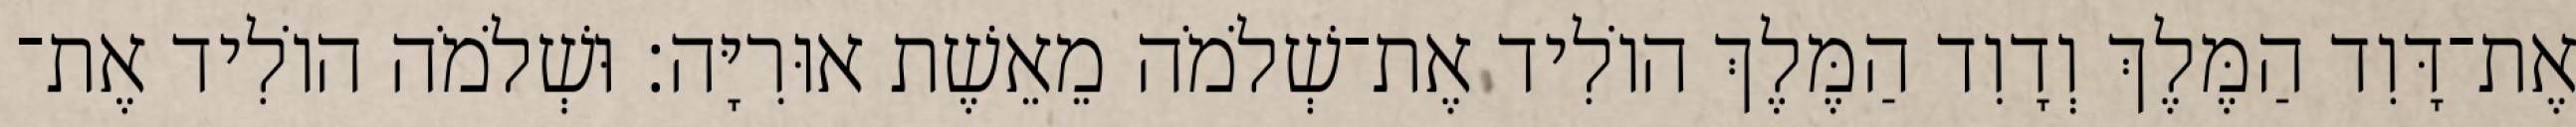
אֶת־דָּוִד הַמֶּלֶךְ וְדָוִד הַמֶּלֶךְ הוֹלִיד אֶת־שְׁלֹמֹה מֵאֵשֶׁת אוּרִיָּה׃ וּשְׁלֹמֹה הוֹלִיד אֶת־